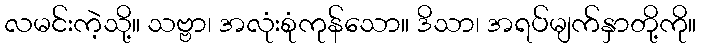
လမင်းကဲ့သို့။ သဗ္ဗာ၊ အလုံးစုံကုန်သော။ ဒိသာ၊ အရပ်မျက်နှာတို့ကို။